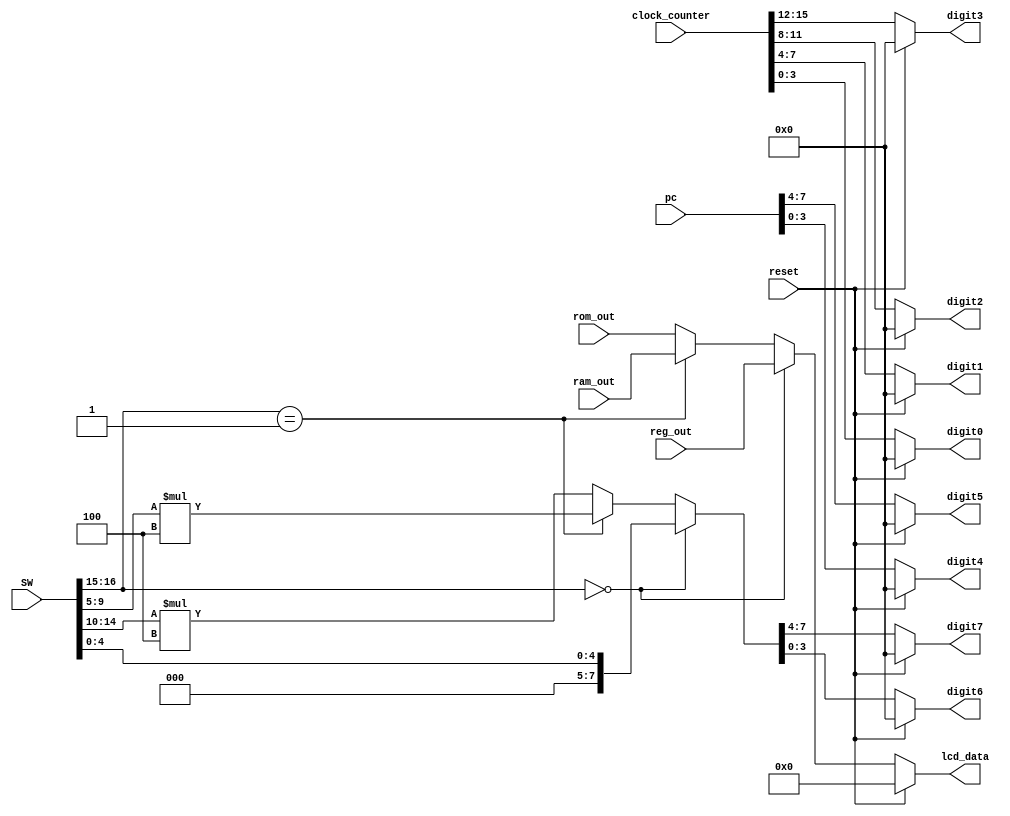
module ui_handler(input wire[17:0] SW,
	input wire reset,
	input wire[15:0] clock_counter,
	input wire[15:0] pc,
	input wire[31:0] reg_out,
	input wire[31:0] rom_out,
	input wire[31:0] ram_out,
	
	output reg[31:0] lcd_data,
	output reg[3:0] digit7,
	output reg[3:0] digit6,
	output reg[3:0] digit5,
	output reg[3:0] digit4,
	output reg[3:0]digit3,
	output reg[3:0] digit2,
	output reg[3:0] digit1,
	output reg[3:0] digit0);
	
	reg[7:0] addr;
	
	always @(*) begin
		if (reset == 1'b1) begin
			digit0 <= 0;
			digit1 <= 0;
			digit2 <= 0;
			digit3 <= 0;
			digit4 <= 0;
			digit5 <= 0;
			digit6 <= 0;
			digit7 <= 0;
			lcd_data <= 0;
			addr <= 0;
		end else begin
			// Figure out what to put on the LCD
			if (SW[16:15] == 1'b00) begin	// register
				//LCD_DATA1 <= SW[4:0];
				addr <= SW[4:0];
				lcd_data <= reg_out;
			end else if (SW[16:15] == 1'b01) begin	// data
				//LCD_DATA1 <= SW[9:5]*4;
				addr <= SW[9:5]*4;
				lcd_data <= ram_out;
			end else begin	// instruction
				//LCD_DATA1 <= program_counter;
				addr <= SW[14:10]*4;
				lcd_data <= rom_out;
			end
			// set hex values.
			// address to display
			digit7 <= addr[7:4];
			digit6 <= addr[3:0];

			// program counter
			digit5 <= pc[7:4];
			digit4 <= pc[3:0];

			// clock counter
			digit3 <= clock_counter[15:12];
			digit2 <= clock_counter[11:8];
			digit1 <= clock_counter[7:4];
			digit0 <= clock_counter[3:0];
		end
	end
endmodule